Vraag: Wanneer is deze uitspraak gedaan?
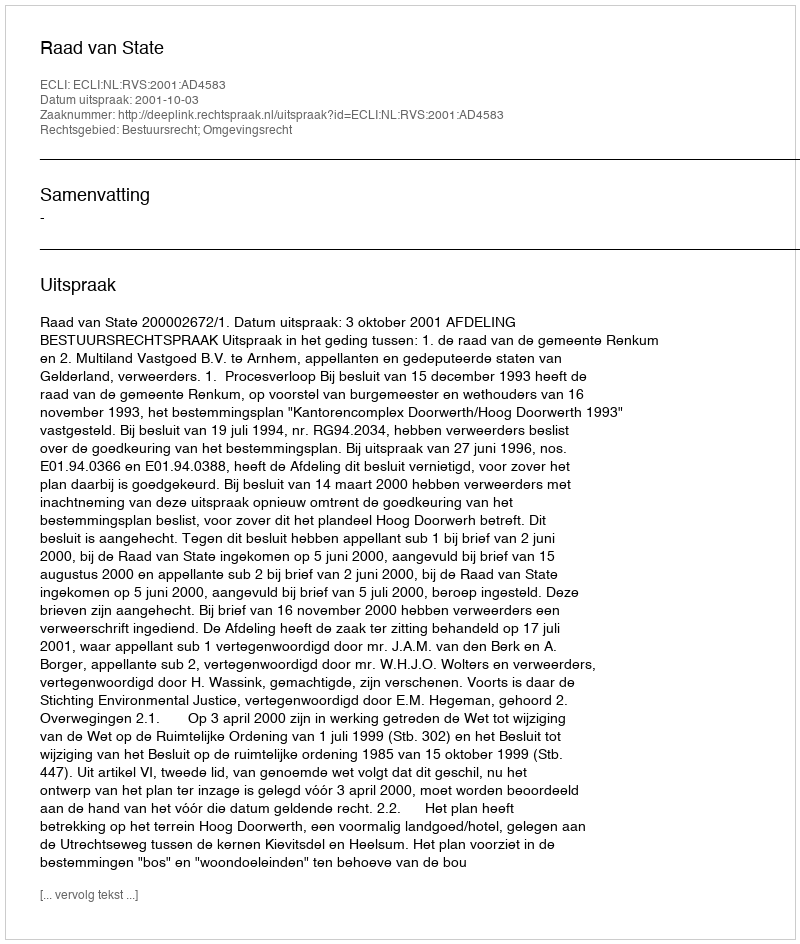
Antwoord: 2001-10-03